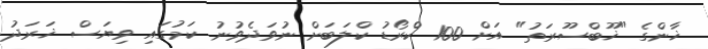
ޚާންގެ "ޚޫބްސޫރަތު" އަށް 100 ކްރޯޑު ކްލަބަށް ނުވަދެވުނު ކަމުގައި ވިޔަސް ޚަރަދު